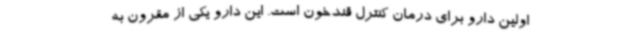
اولین دارو برای درمان کنترل قندخون است. این دارو یکی از مقرون به